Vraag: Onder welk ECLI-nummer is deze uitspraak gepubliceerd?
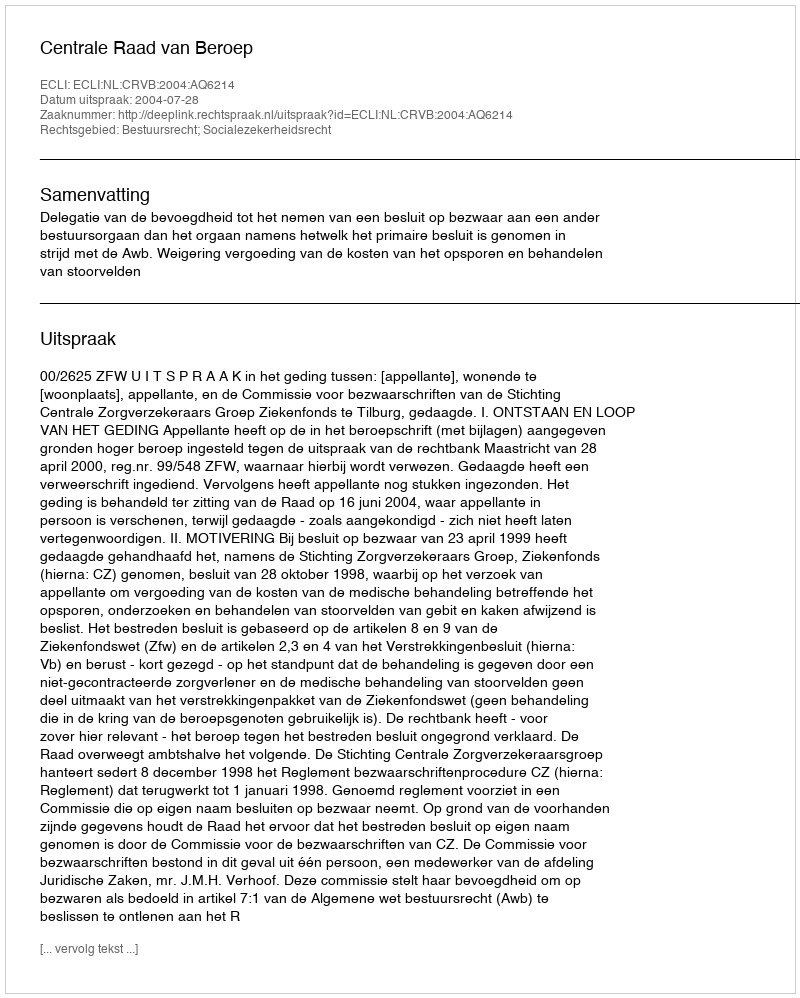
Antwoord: ECLI:NL:CRVB:2004:AQ6214